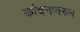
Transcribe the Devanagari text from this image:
कांचनावरुन